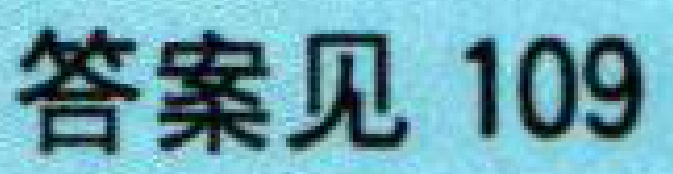
答案见 109